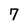
Character: 7